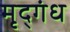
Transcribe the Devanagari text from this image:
मृद्‌गंध